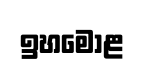
ඉහමොළ